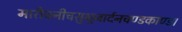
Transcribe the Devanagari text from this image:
मारीचनीचसुभुजार्दनचण्डकाण्ड।